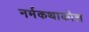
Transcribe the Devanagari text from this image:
नर्मकथाकोश